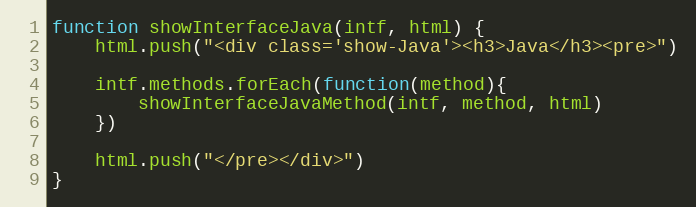
Language: JavaScript
function showInterfaceJava(intf, html) {
    html.push("<div class='show-Java'><h3>Java</h3><pre>")

    intf.methods.forEach(function(method){
        showInterfaceJavaMethod(intf, method, html)
    })

    html.push("</pre></div>")
}